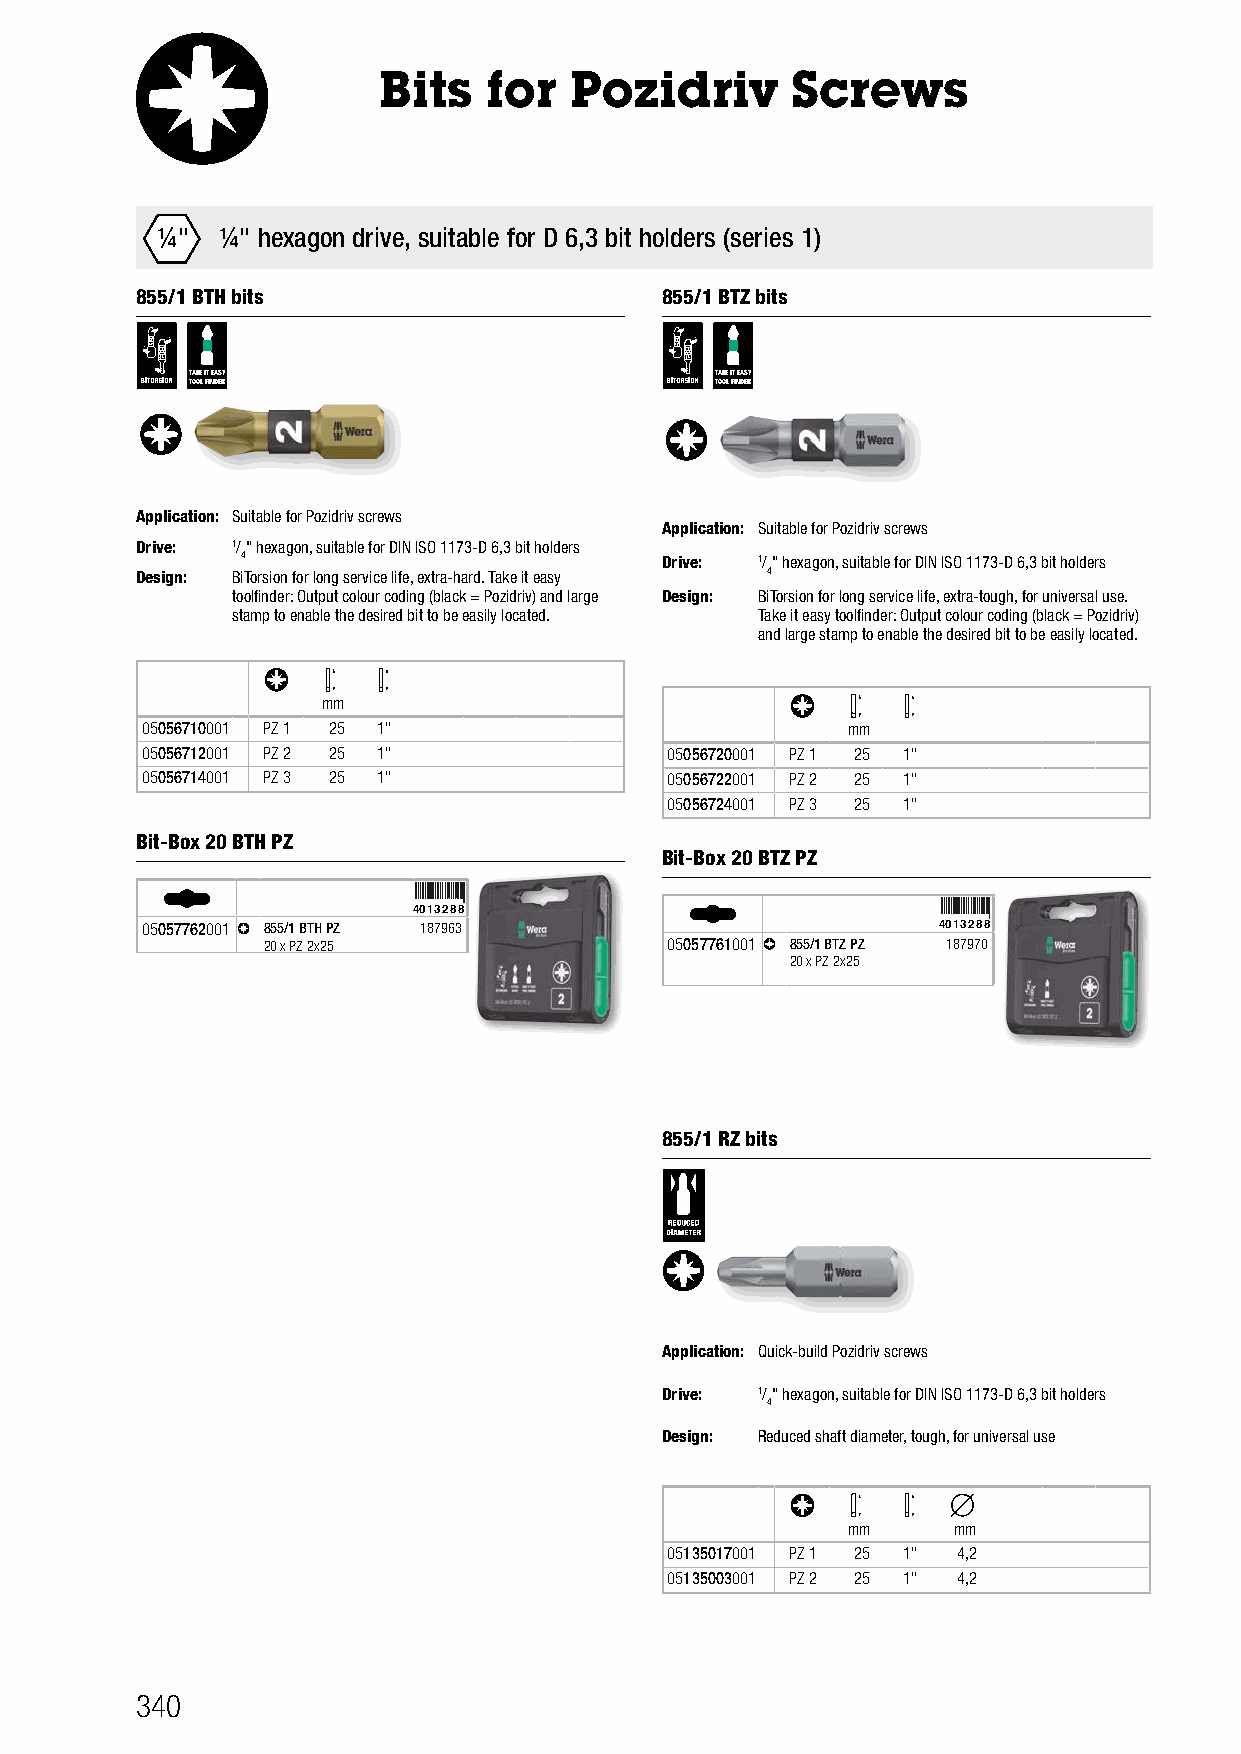
Bits   for   Pozidriv      Screws
 ¼¼"" ¼" hexagon drive, suitable for D 6,3 bit holders (series 1)
 855/1 BTH bits                     855/1 BTZ bits
 TAKE IT EASY                       TAKE IT EASY
 TOOL FINDER                       TOOL FINDER
 Application: Suitable for Pozidriv screws
 Application: Suitable for Pozidriv screws
 Drive: 1/" hexagon, suitable for DIN ISO 1173-D 6,3 bit holders
 4                           Drive: 1/" hexagon, suitable for DIN ISO 1173-D 6,3 bit holders
 Design: BiTorsion for long service life, extra-hard. Take it easy 4
 toolfinder: Output colour coding (black = Pozidriv) and large Design: BiTorsion for long service life, extra-tough, for universal use.
 stamp to enable the desired bit to be easily located. Take it easy toolfinder: Output colour coding (black = Pozidriv)
 and large stamp to enable the desired bit to be easily located.
 mm
 05056710001 PZ 1 25 1"                         mm
 05056712001 PZ 2 25 1"             05056720001 PZ 1 25 1"
 05056714001 PZ 3 25 1"             05056722001 PZ 2 25 1"
 05056724001 PZ 3 25 1"
 Bit-Box 20 BTH PZ
 Bit-Box 20 BTZ PZ
 4013288
 05057762001 855/1 BTH PZ 187963                      4013288
 20 x PZ 2x25               05057761001 855/1 BTZ PZ 187970
 20 x PZ 2x25
 855/1 RZ bits
 Application: Quick-build Pozidriv screws
 Drive: 1/" hexagon, suitable for DIN ISO 1173-D 6,3 bit holders
 4
 Design: Reduced shaft diameter, tough, for universal use
 mm     mm
 05135017001 PZ 1 25 1" 4,2
 05135003001 PZ 2 25 1" 4,2
 340